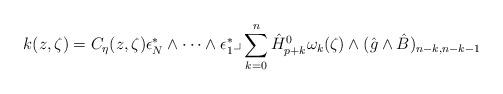
LaTeX: \begin{align*}k(z,\zeta)= C_{\eta}(z,\zeta)\epsilon_N^*\wedge \cdots \wedge \epsilon_1^* \lrcorner\sum_{k=0}^n \hat{H}_{p+k}^0 \omega_k(\zeta) \wedge (\hat{g}\wedge \hat{B})_{n-k, n-k-1}\end{align*}